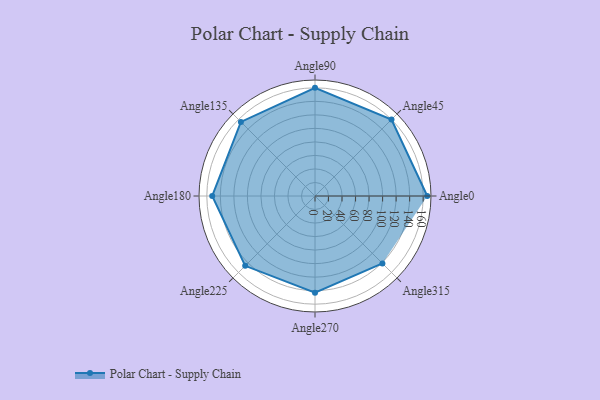
{"axis": {"x": "Angle", "y": "Radius"}, "legend": [""], "data": [{"x": "Angle0", "y": 166.0, "type": ""}, {"x": "Angle45", "y": 160.0, "type": ""}, {"x": "Angle90", "y": 160.0, "type": ""}, {"x": "Angle135", "y": 155.0, "type": ""}, {"x": "Angle180", "y": 152.0, "type": ""}, {"x": "Angle225", "y": 146.0, "type": ""}, {"x": "Angle270", "y": 143.0, "type": ""}, {"x": "Angle315", "y": 141.0, "type": ""}]}